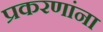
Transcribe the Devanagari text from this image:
प्रकरणांना